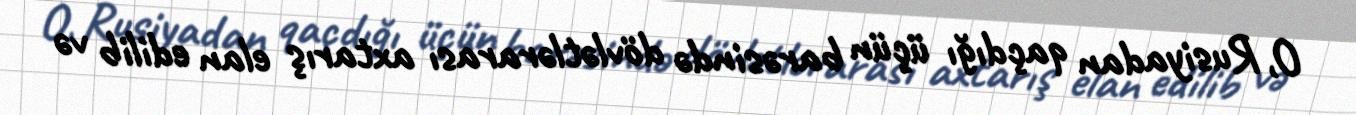
O, Rusiyadan qaçdığı üçün barəsində dövlətlərarası axtarış elan edilib və